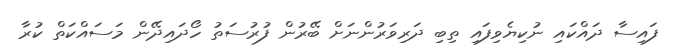
ފައިސާ ދައްކައި ނުކިޔެވިފައި ތިބި ދަރިވަރުންނަށް ބޭރުން ފުރުސަތު ހޯދައިދޭން މަސައްކަތް ކުރާ